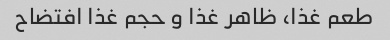
طعم غذا، ظاهر غذا و حجم غذا افتضاح